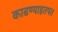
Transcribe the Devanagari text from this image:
काढण्याइतपत